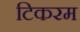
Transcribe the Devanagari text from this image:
टिकरम